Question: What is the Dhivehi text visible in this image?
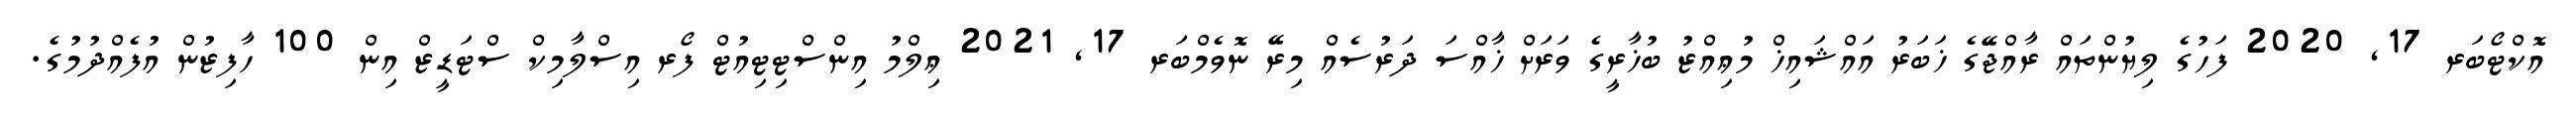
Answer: އޮކްޓޯބަރ 17, 2020 ފަހުގެ ލިޔުންތައް ރާއްޖޭގެ ޚަބަރު އައްޝައިޚް މުޢިއްޒު ބުޚާރީގެ ވަރަށް ޚާއްސަ ދަރުސެއް މިރޭ ނޮވެމްބަރ 17, 2021 ޢިލްމު އިންސްޓިޓިއުޓް ފޯރ އިސްލާމިކް ސްޓަޑީޒް އިން 100 ހާފިޒުން އުފެއްދުމުގެ.